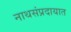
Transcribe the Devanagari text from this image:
नाथसंप्रदायात